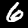
Digit: 6